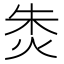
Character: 𰞐